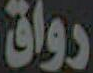
رواق